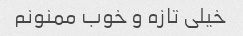
خیلی تازه و خوب ممنونم